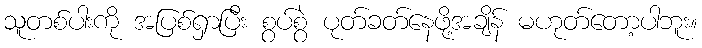
သူတစ်ပါးကို အပြစ်ရှာပြီး စွပ်စွဲ ပုတ်ခတ်နေဖို့အချိန် မဟုတ်တော့ပါဘူး။